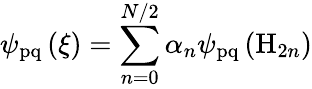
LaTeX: \psi_{\mathrm{pq}}\left(\xi\right)=\sum_{n=0}^{N/2}\alpha_{n}\psi_{\mathrm{pq}}\left(\mathrm{H}_{2n}\right)